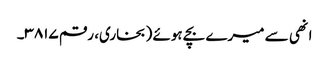
انھی سے میرے بچے ہوئے (بخاری، رقم ۳۸۱۷۔